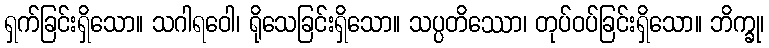
ရှက်ခြင်းရှိသော။ သဂါရဝေါ၊ ရိုသေခြင်းရှိသော။ သပ္ပတိဿော၊ တုပ်ဝပ်ခြင်းရှိသော။ ဘိက္ခု၊